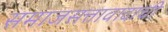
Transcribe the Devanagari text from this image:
समाजसत्तावादाची